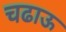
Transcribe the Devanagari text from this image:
चढाऊ